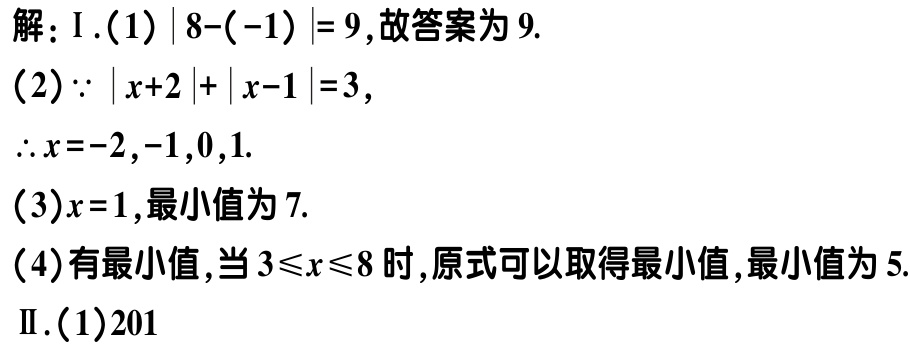
解：I.(1)$\vert 8 - (-1)\vert = 9$,故答案为$9$.
(2)$\because \vert x + 2\vert+\vert x - 1\vert = 3$,
$\therefore x=-2,-1,0,1$.
(3)$x = 1$,最小值为$7$.
(4)有最小值,当$3\leqslant x\leqslant 8$时,原式可以取得最小值,最小值为$5$.
II.(1)$201$